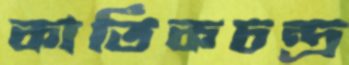
কার্তিকচন্দ্র